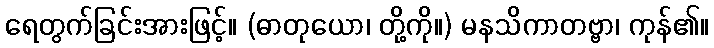
ရေတွက်ခြင်းအားဖြင့်။ (ဓာတုယော၊ တို့ကို။) မနသိကာတဗ္ဗာ၊ ကုန်၏။